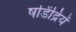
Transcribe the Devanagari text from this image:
षडिंद्रियें